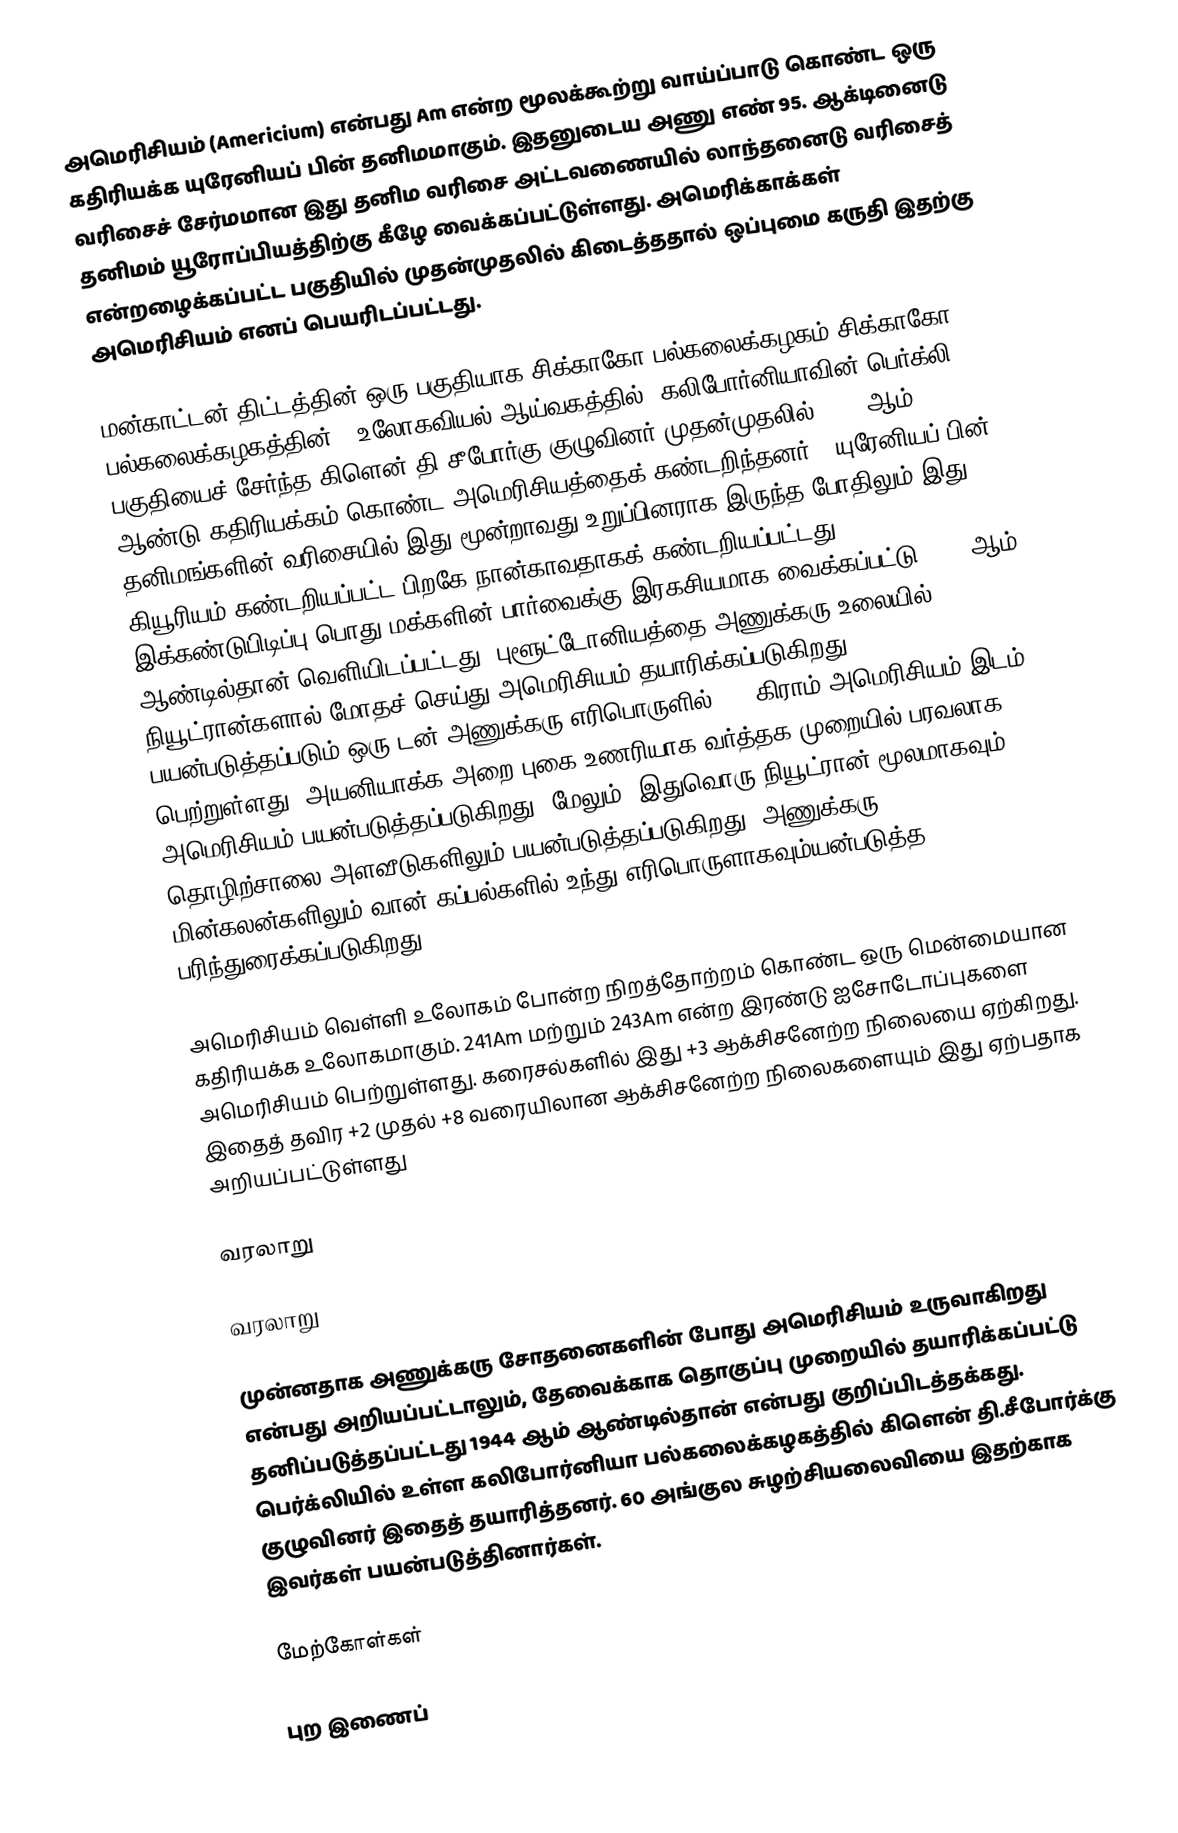
அமெரிசியம் (Americium) என்பது Am என்ற மூலக்கூற்று வாய்ப்பாடு கொண்ட ஒரு கதிரியக்க யுரேனியப் பின் தனிமமாகும். இதனுடைய அணு எண் 95. ஆக்டினைடு வரிசைச் சேர்மமான இது தனிம வரிசை அட்டவணையில் லாந்தனைடு வரிசைத் தனிமம் யூரோப்பியத்திற்கு கீழே வைக்கப்பட்டுள்ளது. அமெரிக்காக்கள்  என்றழைக்கப்பட்ட பகுதியில் முதன்முதலில் கிடைத்ததால் ஒப்புமை கருதி இதற்கு அமெரிசியம் எனப் பெயரிடப்பட்டது.

மன்காட்டன் திட்டத்தின் ஒரு பகுதியாக சிக்காகோ பல்கலைக்கழகம்|சிக்காகோ பல்கலைக்கழகத்தின்]] உலோகவியல் ஆய்வகத்தில், கலிபோர்னியாவின் பெர்க்லி பகுதியைச் சேர்ந்த கிளென் தி.சீபோர்கு குழுவினர் முதன்முதலில் 1944 ஆம் ஆண்டு கதிரியக்கம் கொண்ட அமெரிசியத்தைக் கண்டறிந்தனர்.. யுரேனியப் பின் தனிமங்களின் வரிசையில் இது மூன்றாவது உறுப்பினராக இருந்த போதிலும் இது கியூரியம் கண்டறியப்பட்ட பிறகே நான்காவதாகக் கண்டறியப்பட்டது. இக்கண்டுபிடிப்பு பொது மக்களின் பார்வைக்கு இரகசியமாக வைக்கப்பட்டு 1945 ஆம் ஆண்டில்தான் வெளியிடப்பட்டது. புளூட்டோனியத்தை அணுக்கரு உலையில் நியூட்ரான்களால் மோதச் செய்து அமெரிசியம் தயாரிக்கப்படுகிறது. பயன்படுத்தப்படும் ஒரு டன் அணுக்கரு எரிபொருளில் 100 கிராம் அமெரிசியம் இடம் பெற்றுள்ளது. அயனியாக்க அறை புகை உணரியாக வர்த்தக முறையில் பரவலாக அமெரிசியம் பயன்படுத்தப்படுகிறது. மேலும், இதுவொரு நியூட்ரான் மூலமாகவும் தொழிற்சாலை அளவீடுகளிலும் பயன்படுத்தப்படுகிறது. அணுக்கரு மின்கலன்களிலும் வான் கப்பல்களில் உந்து எரிபொருளாகவும்யன்படுத்த பரிந்துரைக்கப்படுகிறது.

அமெரிசியம் வெள்ளி உலோகம் போன்ற நிறத்தோற்றம் கொண்ட ஒரு மென்மையான கதிரியக்க உலோகமாகும். 241Am மற்றும் 243Am என்ற இரண்டு ஐசோடோப்புகளை அமெரிசியம் பெற்றுள்ளது. கரைசல்களில் இது +3 ஆக்சிசனேற்ற நிலையை ஏற்கிறது. இதைத் தவிர +2 முதல் +8 வரையிலான ஆக்சிசனேற்ற நிலைகளையும் இது ஏற்பதாக அறியப்பட்டுள்ளது

வரலாறு

வரலாறு

முன்னதாக அணுக்கரு சோதனைகளின் போது அமெரிசியம் உருவாகிறது என்பது அறியப்பட்டாலும், தேவைக்காக தொகுப்பு முறையில் தயாரிக்கப்பட்டு தனிப்படுத்தப்பட்டது 1944 ஆம் ஆண்டில்தான் என்பது குறிப்பிடத்தக்கது. பெர்க்லியில் உள்ள கலிபோர்னியா பல்கலைக்கழகத்தில் கிளென் தி.சீபோர்க்கு குழுவினர் இதைத் தயாரித்தனர். 60 அங்குல சுழற்சியலைவியை இதற்காக இவர்கள் பயன்படுத்தினார்கள்.

மேற்கோள்கள்

புற இணைப்